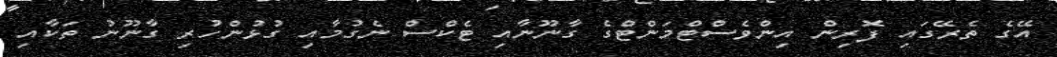
އޭގެ ތެރޭގައި ފޮރިން އިންވެސްޓްމަންޓްގެ ގާނޫނާއި ޓެކްސް ނެގުމާއި ގުޅުންހުރި ގާނޫނު ތަކާއި